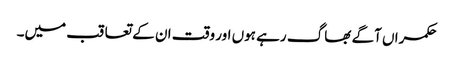
حکمراں آگے بھاگ رہے ہوں اور وقت ان کے تعاقب میں۔